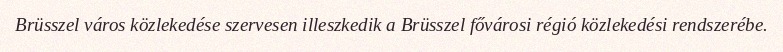
Brüsszel város közlekedése szervesen illeszkedik a Brüsszel fővárosi régió közlekedési rendszerébe.